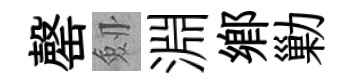
罄劔淵鄕勦